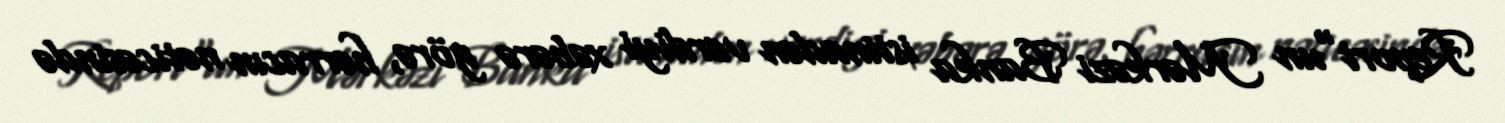
Report"un Mərkəzi Banka istinadən verdiyi xəbərə görə, hərracın nəticəsində